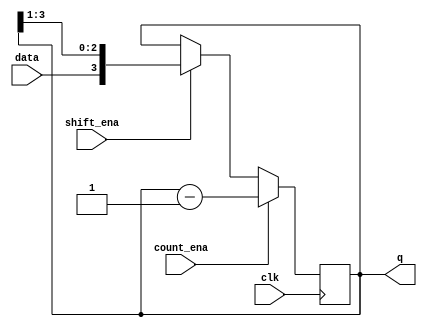
module top_module (
    input clk, data,
    input shift_ena, count_ena,
    output [3:0] q);
    
    always @(posedge clk) begin
        if (shift_ena) begin
            q <= {data, q[3:1]};
        end
        if (count_ena) begin
            q <= q - 1'd1;
        end
    end
endmodule